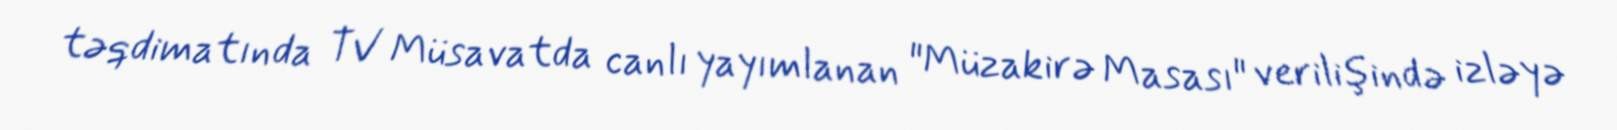
təqdimatında TV Müsavatda canlı yayımlanan "Müzakirə Masası" verilişində izləyə